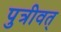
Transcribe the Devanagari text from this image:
पुत्रीवत्